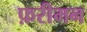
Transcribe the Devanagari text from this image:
फ़रीमन